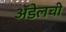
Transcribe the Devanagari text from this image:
अॅडेलची